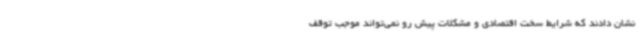
نشان دادند که شرایط سخت اقتصادی و مشکلات پیش رو نمی‌تواند موجب توقف